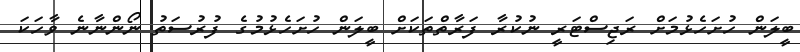
ބީލަން ހުށަހެޅުމަށް ރަޖިސްޓަރީ ނުކުރާ ފަރާތްތަކަށް ބީލަން ހުށަހެޅުމުގެ ފުރުސަތު ނޯންނާނެ ވާހަކަ